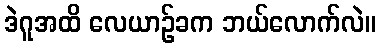
ဒဲဂူအထိ လေယာဉ်ခက ဘယ်လောက်လဲ။